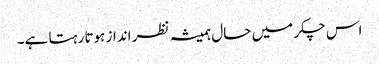
اس چکر میں حال ہمیشہ نظر انداز ہوتا رہتا ہے۔